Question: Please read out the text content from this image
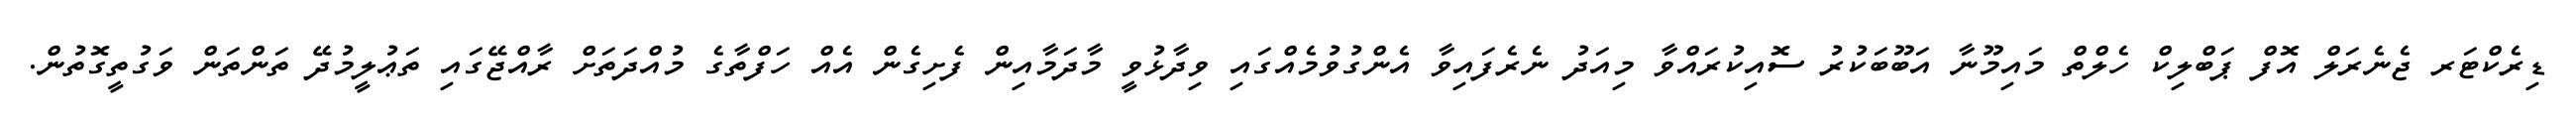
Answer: ޑިރެކްޓަރ ޖެނެރަލް އޮފް ޕަބްލިކް ހެލްތް މައިމޫނާ އަބޫބަކުރު ސޮއިކުރައްވާ މިއަދު ނެރެފައިވާ އެންގުވުމެއްގައި ވިދާޅުވީ މާދަމާއިން ފެށިގެން އެއް ހަފްތާގެ މުއްދަތަށް ރާއްޖޭގައި ތަޢުލީމުދޭ ތަންތަން ވަގުތީގޮތުން.